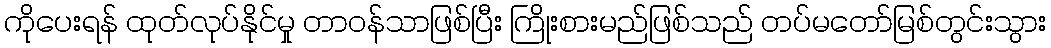
ကိုပေးရန် ထုတ်လုပ်နိုင်မှု တာဝန်သာဖြစ်ပြီး ကြိုးစားမည်ဖြစ်သည် တပ်မတော်မြစ်တွင်းသွား